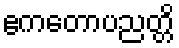
ဧကတောပညတ္တိ